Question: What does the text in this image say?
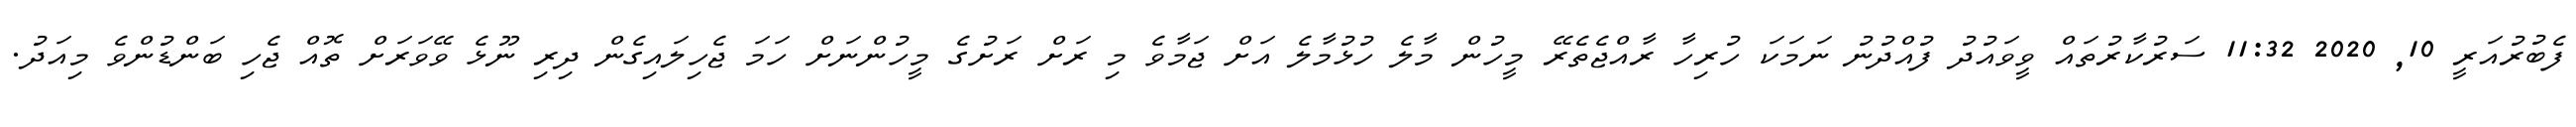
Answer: ފެބުރުއަރީ 10, 2020 11:32 ސަރުކާރުތައް ވީވައުދު ފުއްދުނު ނަމަކަ ހުރިހާ ރާއްޖެތެރޭ މީހުން މާލެ ހުޅުމާލެ އަށް ޖަމާވެ މި ރަށް ރަށުގެ މީހުންނަށް ހަމަ ޖެހިލައިގެން ދިރި ނޫޅެ ވޭވަރަށް ތޮއް ޖެހި ބަންޑުންވެ މިއަދު.